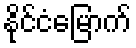
နိုင်ငံမြောက်